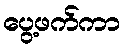
ပွေ့ဖက်ကာ